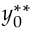
y _ { 0 } ^ { * * }